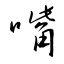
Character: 嘴